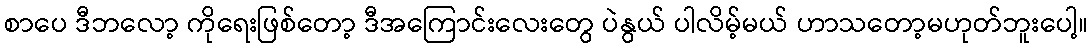
စာပေ ဒီဘလော့ ကိုရေးဖြစ်တော့ ဒီအကြောင်းလေးတွေ ပဲနွယ် ပါလိမ့်မယ် ဟာသတော့မဟုတ်ဘူးပေါ့။